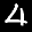
Label: 4